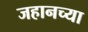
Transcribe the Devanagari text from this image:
जहानच्या